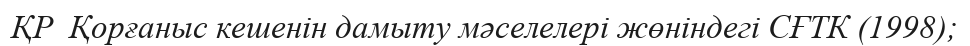
ҚР  Қорғаныс кешенін дамыту мәселелері жөніндегі СҒТК (1998);